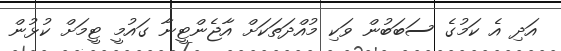
އަދި އެ ކަމުގެ ސަބަބުން ވަކި މުއްދަތަކަށް އާޖެންޓީނާ ގައުމީ ޓީމަށް ކުޅުން